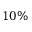
1 0 \%